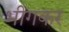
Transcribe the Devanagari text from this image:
भीगकर